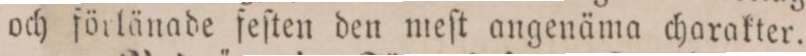
och förlänade feſten den meſt angenäma charakter.